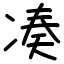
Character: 凑